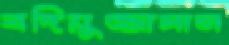
বদিয়ুজ্জামান